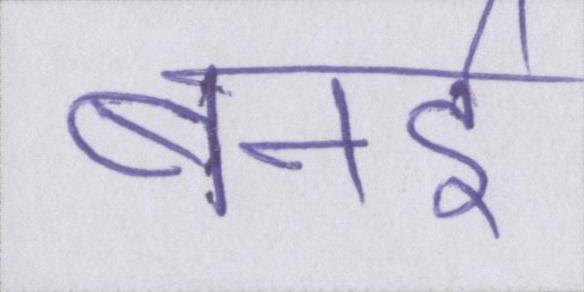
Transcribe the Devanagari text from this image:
बनइ